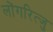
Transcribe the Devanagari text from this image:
लोंगरित्जु